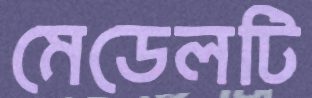
মেডেলটি